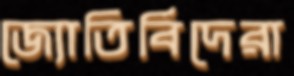
জ্যোতির্বিদেরা